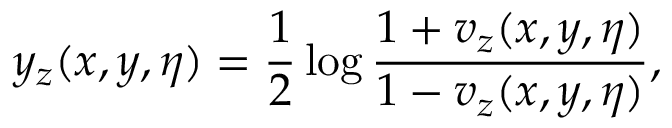
y _ { z } ( x , y , \eta ) = \frac { 1 } { 2 } \log \frac { 1 + v _ { z } ( x , y , \eta ) } { 1 - v _ { z } ( x , y , \eta ) } ,